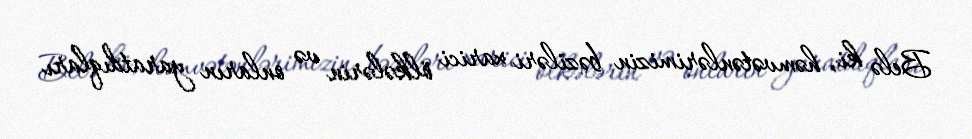
Belə ki, həmvətənlərimizin bəziləri xarici ölkələrin və onların yaratdıqları